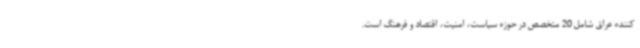
کننده عراق شامل 20 متخصص در حوزه سیاست، امنیت، اقتصاد و فرهنگ است.